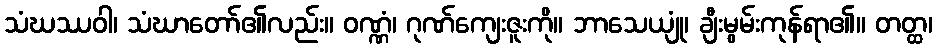
သံဃဿဝါ၊ သံဃာတော်၏လည်း။ ဝဏ္ဏံ၊ ဂုဏ်ကျေးဇူးကို။ ဘာသေယျုံ၊ ချီးမွမ်းကုန်ရာ၏။ တတ္ထ၊